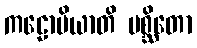
ကဠောပိယာတိ ပစ္ဆိတော